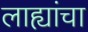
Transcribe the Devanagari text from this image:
लाह्यांचा